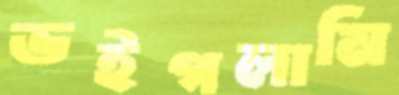
ভইগলামি